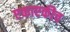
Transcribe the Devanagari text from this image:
एकाएकीच